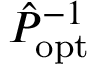
\hat { P } _ { \mathrm { o p t } } ^ { - 1 }